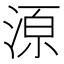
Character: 𱧊